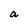
Character: a